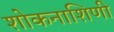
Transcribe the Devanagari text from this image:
शोकनाशिणी